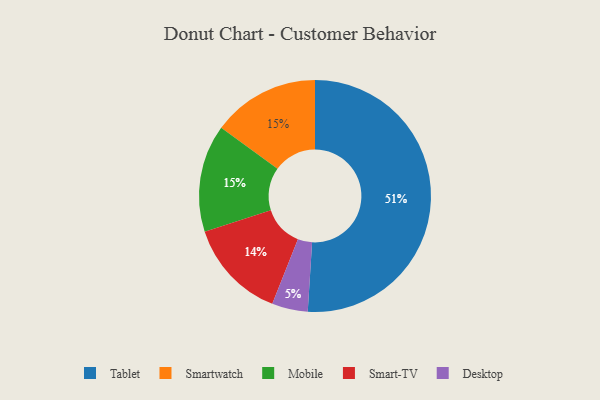
{"axis": {"x": "Category", "y": "Percentage"}, "legend": ["Desktop", "Mobile", "Smart-TV", "Smartwatch", "Tablet"], "data": [{"x": "Smartwatch", "y": 15, "type": "Smartwatch"}, {"x": "Mobile", "y": 15, "type": "Mobile"}, {"x": "Desktop", "y": 5, "type": "Desktop"}, {"x": "Tablet", "y": 51, "type": "Tablet"}, {"x": "Smart-TV", "y": 14, "type": "Smart-TV"}]}